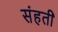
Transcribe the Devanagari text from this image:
संहती